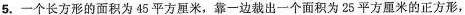
5.-一个长方形的面积为45平方厘米，靠一边裁出一个面积为25平方厘米的正方形，